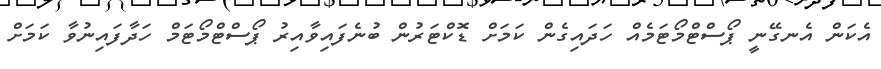
އެކަން އެނގޭނީ ޕޯސްޓްމޯޓަމެއް ހަދައިގެން ކަމަށް ޑޮކްޓަރުން ބުނެފައިވާއިރު ޕޯސްޓްމޯޓަމް ހަދާފައިނުވާ ކަމަށް